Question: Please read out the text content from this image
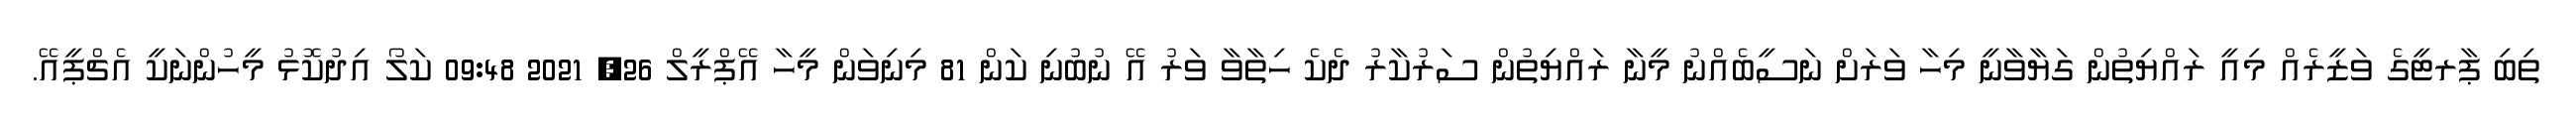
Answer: ތިބި ޕާރޓީގެ ވަޒީރެއް މިއީ ރައްޔިތުން ގަޔާވާނީ މިހާ ވަރަށް ނަސީބެއްނު މީނާ ރައްޔިތުން ސަރުކާރު ދެކެ ހިތާވާ ވަރު އޭ ނުބުނި ކަން 81 މިނިވަން މީހާ އޭޕްރީލް 26, 2021 09:48 ކަލޯ އިދުކޮޅު މީހުންނަކީ އެޗްޕީއޭ.